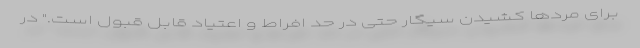
برای مردها کشیدن سیگار حتی در حد افراط و اعتیاد قابل قبول است." در